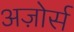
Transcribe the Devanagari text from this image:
अज़ोर्स